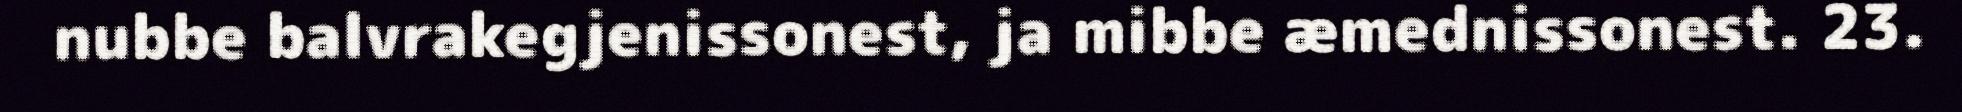
nubbe balvrakegjenissonest, ja mibbe æmednissonest. 23.